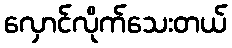
လှောင်လိုက်သေးတယ်